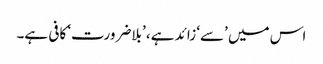
اس میں ’سے‘ زائد ہے، ’بلاضرورت‘ کافی ہے۔